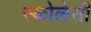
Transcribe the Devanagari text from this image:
स्कोलेसी